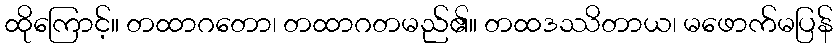
ထိုကြောင့်။ တထာဂတော၊ တထာဂတမည်၏။ တထဒဿိတာယ၊ မဖောက်မပြန်